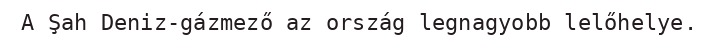
A Şah Deniz-gázmező az ország legnagyobb lelőhelye.